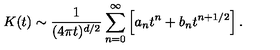
K ( t ) \sim { \frac { 1 } { ( 4 \pi t ) ^ { d / 2 } } } \sum _ { n = 0 } ^ { \infty } \left[ a _ { n } t ^ { n } + b _ { n } t ^ { n + 1 / 2 } \right] .